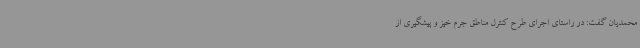
محمدیان گفت: در راستای اجرای طرح کنترل مناطق جرم خیز و پیشگیری از